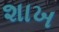
શાખ